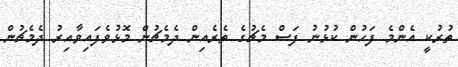
ތުރުކީ އެންމެ ފަހުން ކުޅުނު ފަސް މެޗުގެ ތެރެއިން ދެމެޗުން މޮޅުވެފައިވާއިރު ދެމެޗުން